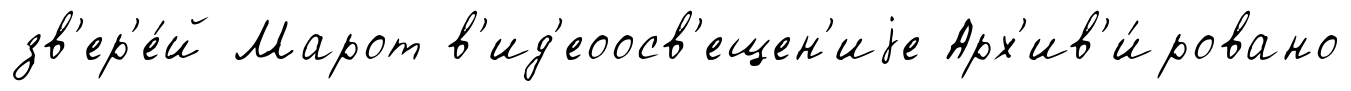
зв'ер'е́й Марот в'ид'еоосв'ещен'иjе Арх'ив'и́ровано